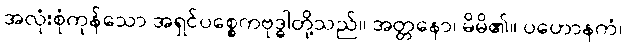
အလုံးစုံကုန်သော အရှင်ပစ္စေကဗုဒ္ဓါတို့သည်။ အတ္တနော၊ မိမိ၏။ ပဟောနကံ၊